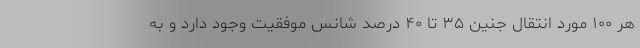
هر ۱۰۰ مورد انتقال جنین ۳۵ تا ۴۰ درصد شانس موفقیت وجود دارد و به